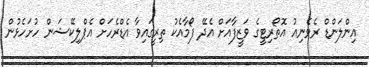
އިންލަންޑް ރެވެނިއު އޮތޯރިޓީގެ ވަޒީފާއަށް އެދޭ ފޯމާއެކު ތިރީގައިވާ އެޑްރެހަށް އެޕްލިކޭޝަން ހުށަހެޅުން